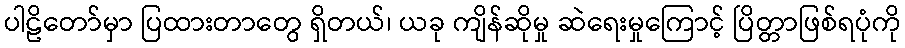
ပါဠိတော်မှာ ပြထားတာတွေ ရှိတယ်၊ ယခု ကျိန်ဆိုမှု ဆဲရေးမှုကြောင့် ပြိတ္တာဖြစ်ရပုံကို